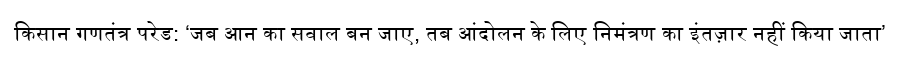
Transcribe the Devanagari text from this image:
किसान गणतंत्र परेड: ‘जब आन का सवाल बन जाए, तब आंदोलन के लिए निमंत्रण का इंतज़ार नहीं किया जाता’